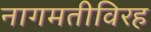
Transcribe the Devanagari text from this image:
नागमतीविरह